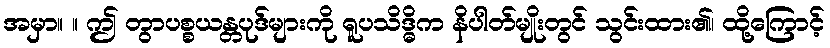
အမှာ။ ။ ဤ တွာပစ္စယန္တပုဒ်များကို ရူပသိဒ္ဓိက နိပါတ်မျိုးတွင် သွင်းထား၏၊ ထို့ကြောင့်